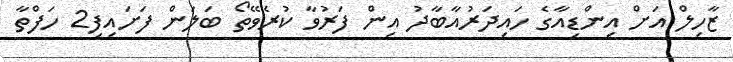
ޒާހިލް އަށް އިންޑިއާގެ ހައިދަރުއާބާދު އިން ފަރުވާ ކުރެވޭތޯ ބަލަން ފަށައިފި2 ހަފްތާ